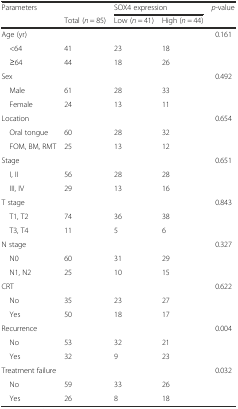
| <ROWSPAN=2> Parameters |  | <COLSPAN=2> SOX4 expression | <ROWSPAN=2> p-value |
 | Total (n = 85) | Low (n = 41) | High (n = 44) |
 | --- | --- | --- | --- | --- |
 | Age (yr) |  |  |  | 0.161 |
 | <64 | 41 | 23 | 18 |  |
 | ≥64 | 44 | 18 | 26 |  |
 | Sex |  |  |  | 0.492 |
 | Male | 61 | 28 | 33 |  |
 | Female | 24 | 13 | 11 |  |
 | Location |  |  |  | 0.654 |
 | Oral tongue | 60 | 28 | 32 |  |
 | FOM, BM, RMT | 25 | 13 | 12 |  |
 | Stage |  |  |  | 0.651 |
 | I, II | 56 | 28 | 28 |  |
 | III, IV | 29 | 13 | 16 |  |
 | T stage |  |  |  | 0.843 |
 | T1, T2 | 74 | 36 | 38 |  |
 | T3, T4 | 11 | 5 | 6 |  |
 | N stage |  |  |  | 0.327 |
 | N0 | 60 | 31 | 29 |  |
 | N1, N2 | 25 | 10 | 15 |  |
 | CRT |  |  |  | 0.622 |
 | No | 35 | 23 | 27 |  |
 | Yes | 50 | 18 | 17 |  |
 | Recurrence |  |  |  | 0.004 |
 | No | 53 | 32 | 21 |  |
 | Yes | 32 | 9 | 23 |  |
 | Treatment failure |  |  |  | 0.032 |
 | No | 59 | 33 | 26 |  |
 | Yes | 26 | 8 | 18 |  |